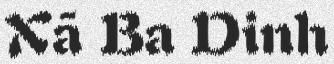
Xã Ba Dinh